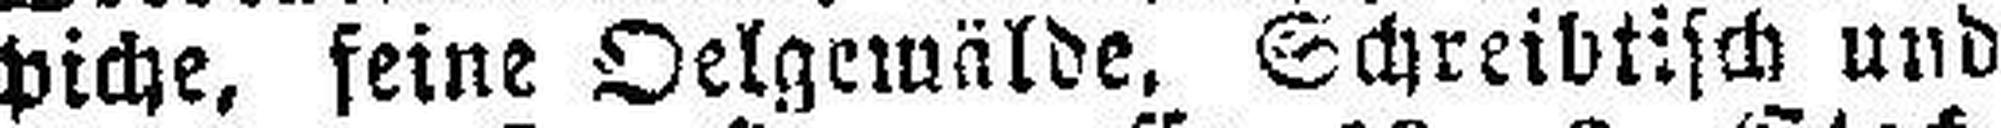
piche. feine Oelgewälde, Schreibtisch und